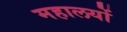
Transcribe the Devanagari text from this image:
महालयों